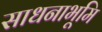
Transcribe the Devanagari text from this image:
साधनाभूमि